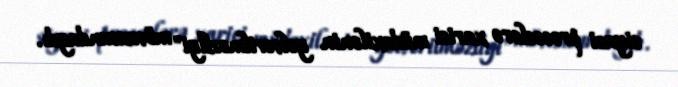
siyasi proseslərə xarici müdaxilənin yolverilməzliyi" mövzusundaydı.